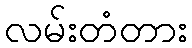
လမ်းတံတား